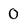
Character: 0